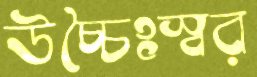
উচ্চৈঃস্বর